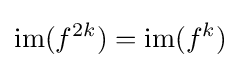
\mathrm {im} (f^{2k})=\mathrm {im} (f^{k})